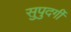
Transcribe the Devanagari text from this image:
सुपुदर्गी